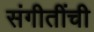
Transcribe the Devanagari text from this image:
संगीतींची